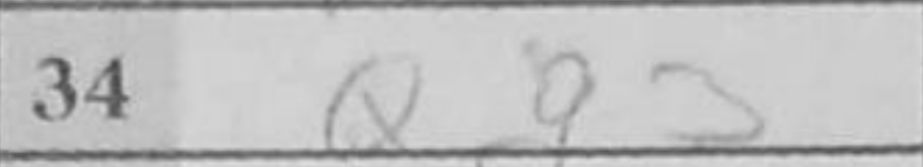
Transcription: Qg3